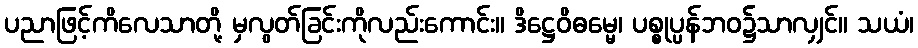
ပညာဖြင့်ကိလေသာတို့ မှလွတ်ခြင်းကိုလည်းကောင်း။ ဒိဋ္ဌေဝိဓမ္မေ၊ ပစ္စုပ္ပန်ဘဝ၌သာလျှင်။ သယံ၊